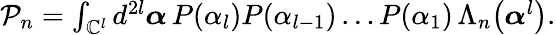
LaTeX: \begin{array}{r}{\mathcal{P}_{n}=\int_{\mathbb{C}^{l}}d^{2l}\boldsymbol{\alpha}\, P(\alpha_{l})P(\alpha_{l-1})\ldots P(\alpha_{1})\, \Lambda_{n}\big(\boldsymbol{\alpha}^{l}\big).}\end{array}